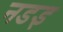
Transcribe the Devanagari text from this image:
नडइ